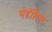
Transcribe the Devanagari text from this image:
मेडॅलिस्ट